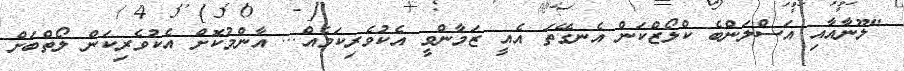
"ލޫނާއާއި އަސްލަންބެ ކްލޯޒްކަން އެނގޭތަ އެއީ ޒަމާންވީ އެކުވެރިކަމެއް... އާންމުކޮށް އެކުވެރިކަން ލޯތްބަށް